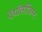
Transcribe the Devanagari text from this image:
पॅथॉलॉजिस्ट